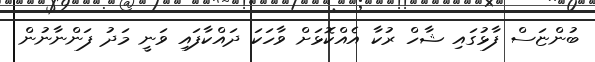
ބުންޏަސް ފާޅުގައި ޝާހް ރުކާ އެއްކޮޅަށް ވާހަކަ ދައްކާފައި ވަނީ މަދު ފަންނާނުން